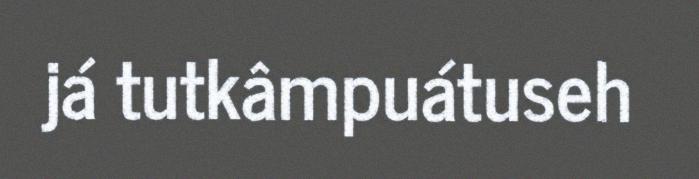
já tutkâmpuátuseh